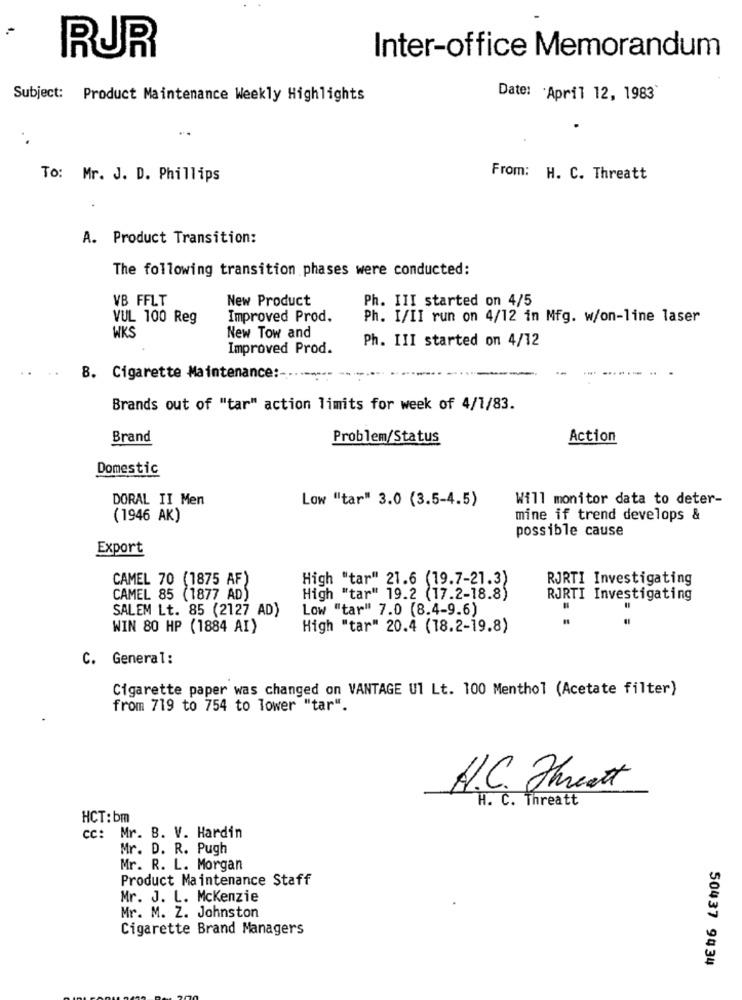
RUR
Inter-office Memorandum
Subject: Product Maintenance Weekly Highlights
Date: 'April 12, 1983
..
. .
To: Mr. J. D. Phillips
From: H. C. Threatt
A. Product Transition:
The following transition phases were conducted:
VB FFLT
New Product
Ph. III started on 4/5
VUL 100 Reg
Improved Prod.
Ph. I/II run on 4/12 in Mfg. w/on-line laser
WKS
New Tow and
Ph. III started on 4/12
Improved Prod.
B. Cigarette Maintenance :-
Brands out of "tar" action limits for week of 4/1/83.
Brand
Problem/Status
Action
Domestic
DORAL II Men
Low "tar" 3.0 (3.5-4.5)
Will monitor data to deter-
(1946 AK)
mine if trend develops &
possible cause
Export
CAMEL 70 (1875 AF)
High "tar" 21.6 (19.7-21.3)
RJRTI Investigating
CAMEL 85 (1877 AD)
High "tar" 19.2 (17.2-18.8)
RJRTI Investigating
SALEM Lt. 85 (2127 AD)
Low "tar" 7.0 (8.4-9.6)
WIN 80 HP (1884 AI)
High "tar" 20.4 (18.2-19.8)
C. General:
Cigarette paper was changed on VANTAGE Ul Lt. 100 Menthol (Acetate filter)
from 719 to 754 to lower "tar".
H.C. Threat
H. C. Threatt
HCT: bm
cc: Mr. B. V. Hardin
Mr. D. R. Pugh
Mr. R. L. Morgan
Product Maintenance Staff
Mr. J. L. Mckenzie
Mr. M. Z. Johnston
Cigarette Brand Managers
50437 9434